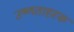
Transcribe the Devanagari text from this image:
उष्णताहरक